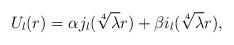
LaTeX: \begin{align*}U_l(r)=\alpha j_l(\sqrt[4]{\lambda}r)+\beta i_l(\sqrt[4]{\lambda}r),\end{align*}